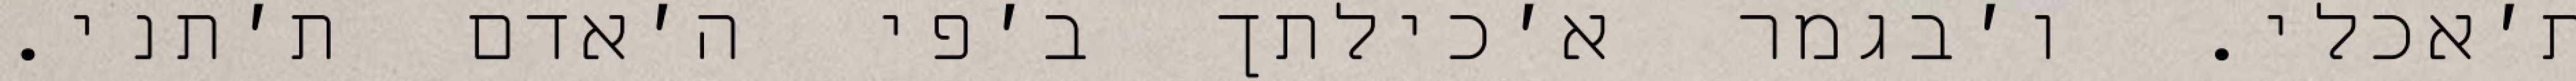
ת׳אכלי. ו׳בגמר א׳כילתך ב׳פי ה׳אדם ת׳תני.